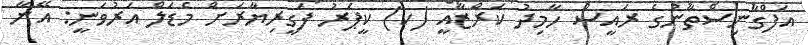
އަފްގާނިސްތާނުގެ ރައީސް ހާމިދު ކަރްޒާއީ (ކ) ކީޕަރު ފަގީރިޔާރަށް މެޑަލް އަރުވަނީ: އޭނާ